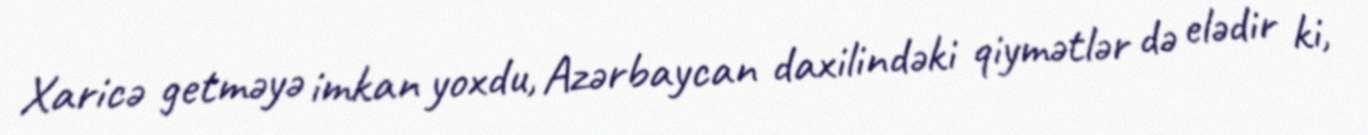
Xaricə getməyə imkan yoxdu, Azərbaycan daxilindəki qiymətlər də elədir ki,